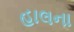
હાલના